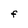
Character: F